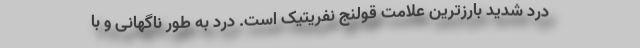
درد شدید بارزترین علامت قولنج نفریتیک است. درد به طور ناگهانی و با